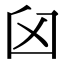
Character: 𦥓